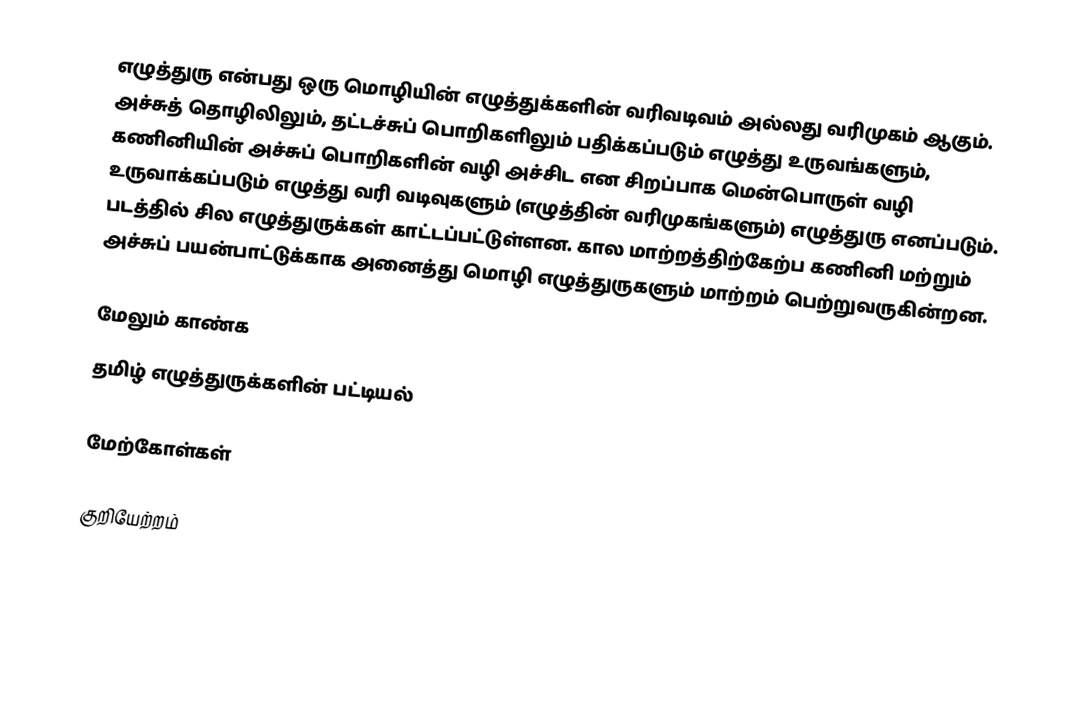
எழுத்துரு என்பது ஒரு மொழியின் எழுத்துக்களின் வரிவடிவம் அல்லது வரிமுகம் ஆகும். அச்சுத் தொழிலிலும், தட்டச்சுப் பொறிகளிலும் பதிக்கப்படும் எழுத்து உருவங்களும், கணினியின் அச்சுப் பொறிகளின் வழி அச்சிட என சிறப்பாக மென்பொருள் வழி உருவாக்கப்படும் எழுத்து வரி வடிவுகளும் (எழுத்தின் வரிமுகங்களும்) எழுத்துரு எனப்படும். படத்தில் சில எழுத்துருக்கள் காட்டப்பட்டுள்ளன. கால மாற்றத்திற்கேற்ப கணினி மற்றும் அச்சுப் பயன்பாட்டுக்காக அனைத்து மொழி எழுத்துருகளும் மாற்றம் பெற்றுவருகின்றன.

மேலும் காண்க
 தமிழ் எழுத்துருக்களின் பட்டியல்

மேற்கோள்கள்

குறியேற்றம்